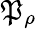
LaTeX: \mathfrak{P}_{\rho}